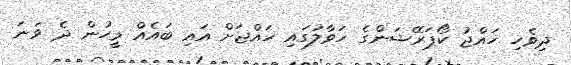
ދިވެހި ހައްޖު ކޯޕަރޭޝަންގެ ހަވާލުގައި ހައްޖަށް އައި ބައެއް މީހުން ދެ ވަނަ